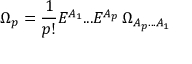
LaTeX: \Omega _ { p } = \frac { 1 } { p ! } E ^ { A _ { 1 } } . . . E ^ { A _ { p } } \, \Omega _ { { A _ { p } } . . . { A _ { 1 } } }